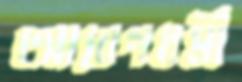
আবেগধর্মী